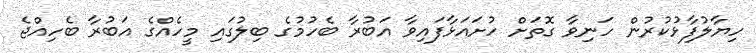
ހިޔާލުފާޅުކުރުން ހަނިވާ ގޮތަށް ހުށައަޅާފައިވާ އަބުރާ ބެހުމުގެ ބިލުގައި މީހެއްގެ އަބުރާ ބެހިއްޖެ